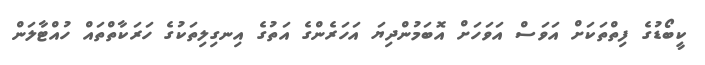
ކީބޯޑުގެ ފިތްތަކަށް އަވަސް އަވަހަށް އޮބަމުންދިޔަ އަހަރެންގެ އަތުގެ އިނގިލިތަކުގެ ހަރަކާތްތައް ހުއްޓާލަން